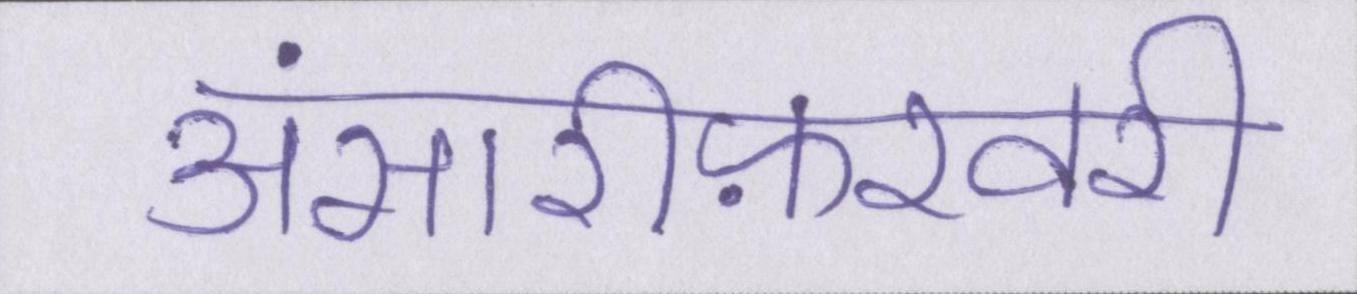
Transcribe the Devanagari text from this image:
अंसारीफ़रवरी